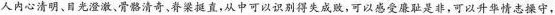
人内心清明、目光澄澈、骨骼清奇，脊梁挺直，从中可以识别得失成败，可以感受廉耻是非，可以升华情志操守，